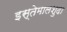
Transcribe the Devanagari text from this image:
इस्तेमालशुदा